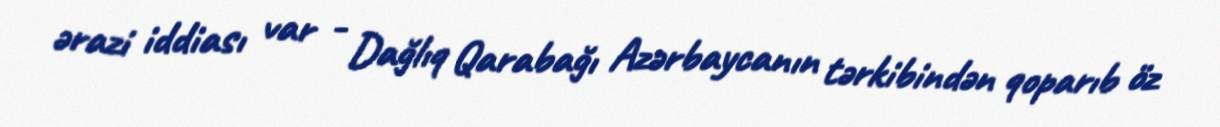
ərazi iddiası var - Dağlıq Qarabağı Azərbaycanın tərkibindən qoparıb öz